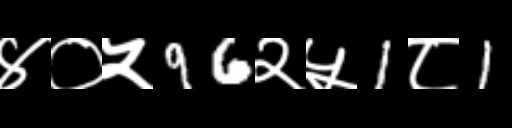
Text: ४०५96२५1८1